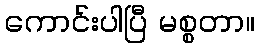
ကောင်းပါပြီ မစ္စတာ။